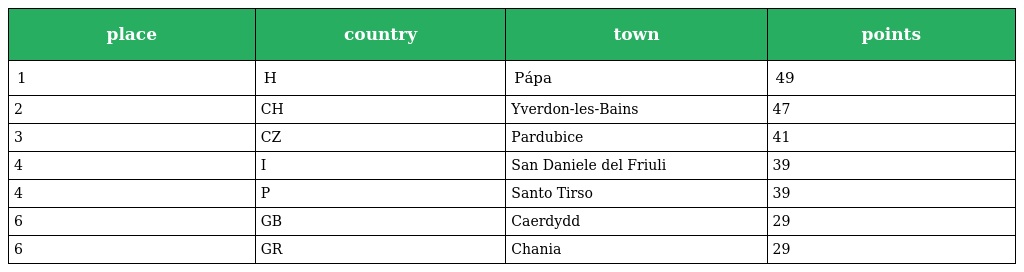
| place | country | town | points |
 | --- | --- | --- | --- |
 | 1 | H | Pápa | 49 |
 | 2 | CH | Yverdon-les-Bains | 47 |
 | 3 | CZ | Pardubice | 41 |
 | 4 | I | San Daniele del Friuli | 39 |
 | 4 | P | Santo Tirso | 39 |
 | 6 | GB | Caerdydd | 29 |
 | 6 | GR | Chania | 29 |